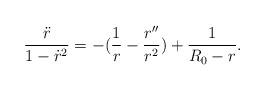
LaTeX: \begin{align*}\frac{\ddot{r}}{1 - \dot{r}^2} = - (\frac{1}{r} - \frac{r''}{r^2}) + \frac{1}{R_{0} - r}.\end{align*}